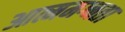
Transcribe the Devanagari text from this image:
आत्ममग्नता